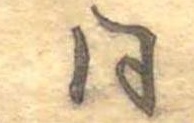
同